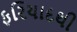
ફરિયાદથી